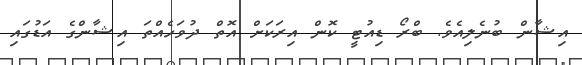
އިޝާން ބުނެލިއެވެ. ބްރޯ ޑިއުޓީ ކޮން އިރަކަށް އޮތް ދުވަހެއްތަ އިޝާންގެ އަޑުގައި